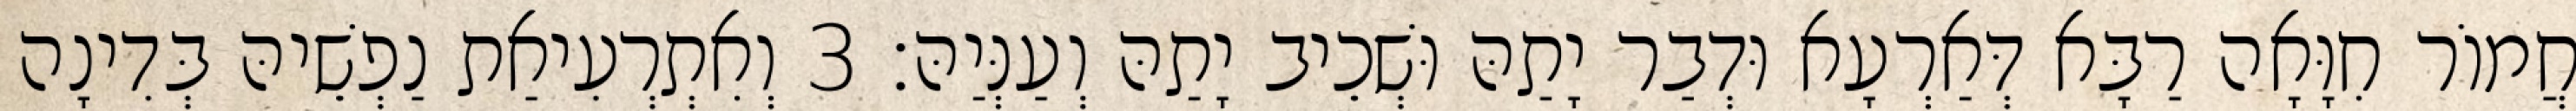
חֲמוֹר חִוָּאָה רַבָּא דְּאַרְעָא וּדְבַר יָתַהּ וּשְׁכֵיב יָתַהּ וְעַנְּיַהּ׃ 3 וְאִתְרְעִיאַת נַפְשֵׁיהּ בְּדִינָה